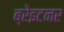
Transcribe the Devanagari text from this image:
ब्रेइटनर